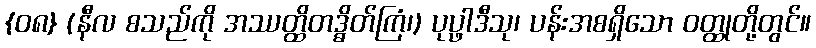
{၀၈} (နီလ စသည်ကို အဿတ္ထိတဒ္ဓိတ်ကြံ၊) ပုပ္ဖာဒီသု၊ ပန်းအစရှိသော ဝတ္ထုတို့တွင်။